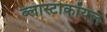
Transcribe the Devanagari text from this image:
ब्लास्टोकॉयल